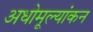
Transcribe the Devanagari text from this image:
अधोमूल्यांकन